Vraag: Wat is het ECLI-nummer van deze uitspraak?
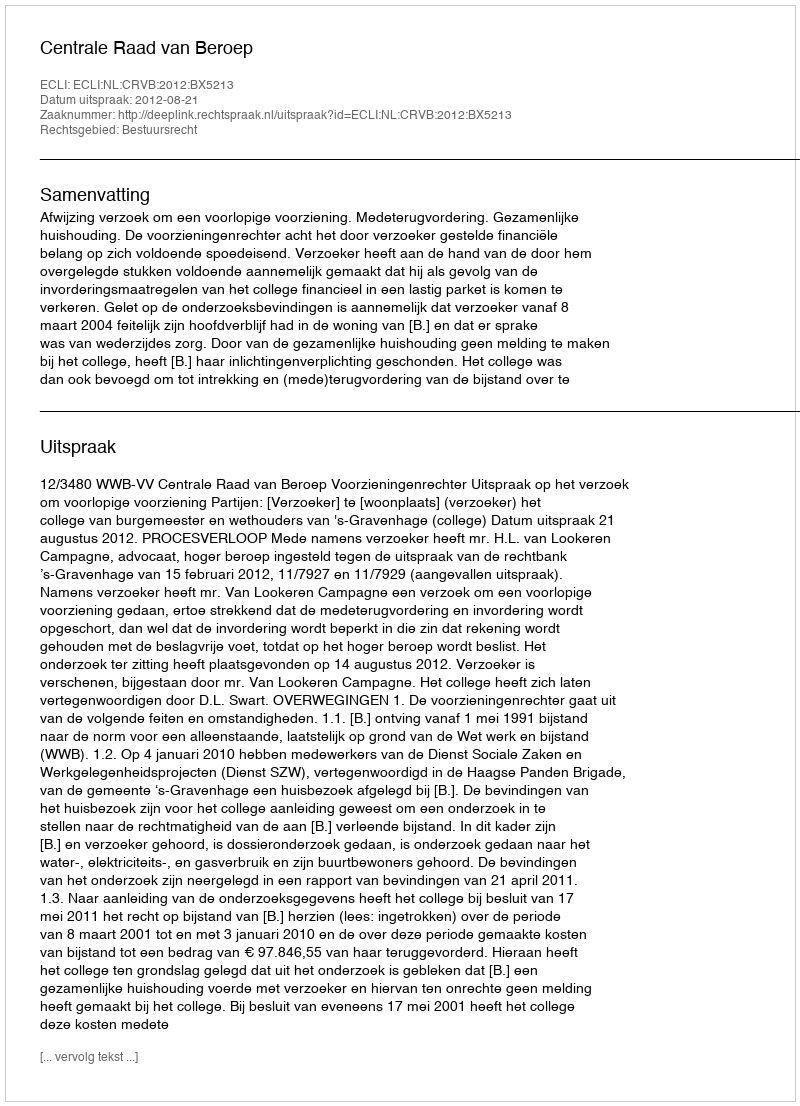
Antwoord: ECLI:NL:CRVB:2012:BX5213